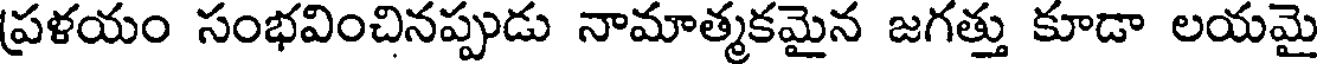
ప్రళయం సంభవించినప్పుడు నామాత్మకమైన జగత్తు కూడా లయమై